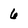
Character: 6